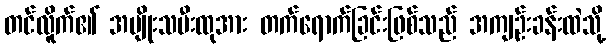
တင်လိူက်၏ အမျိုးသမီးထုအား တက်ရောက်ခြင်းဖြစ်သည် အကျဉ်းခန်းထဲသို့